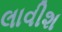
લાવીશ